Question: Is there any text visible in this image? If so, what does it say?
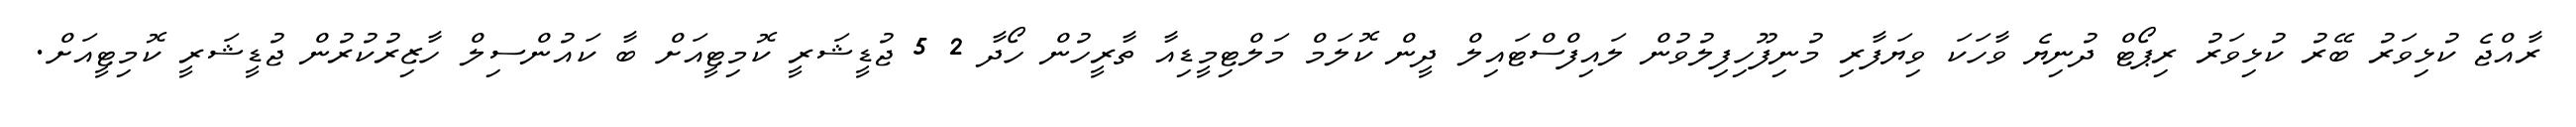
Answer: ރާއްޖެ ކުޅިވަރު ބޭރު ކުޅިވަރު ރިޕޯޓް ދުނިޔެ ވާހަކަ ވިޔަފާރި މުނިފޫހިފިލުވުން ލައިފްސްޓައިލް ދީން ކޮލަމް މަލްޓިމީޑިއާ ތާރީހުން ހޯދާ 2 5 ޖުޑީޝަރީ ކޮމިޓީއަށް ބާ ކައުންސިލް ހާޒިރުކުރުން ޖުޑީޝަރީ ކޮމިޓީއަށް.